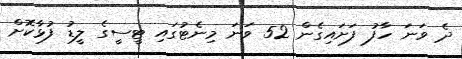
ދެ ވަނަ ހާފު ފަށައިގެން 52 ވަނަ މިނެޓުގައި ޓީސީގެ ލީޑު ފުޅާކޮށް